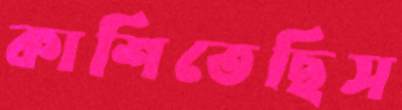
কাশিতেছিস